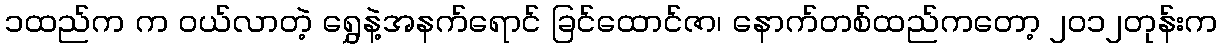
၁ထည်က က ၀ယ်လာတဲ့ ရွှေနဲ့အနက်ရောင် ခြင်ထောင်ဇာ၊ နောက်တစ်ထည်ကတော့ ၂၀၁၂တုန်းက